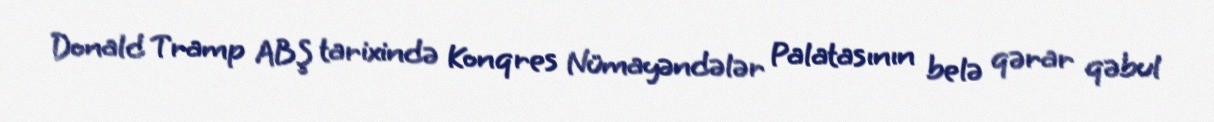
Donald Tramp ABŞ tarixində Konqres Nümayəndələr Palatasının belə qərar qəbul